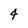
Character: 4